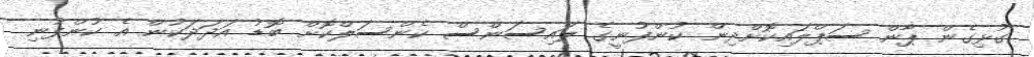
ގުޅިގެން ޕާން ސަޕްލައިކޮށްދިން ކުންފުނީގެ ލައިސަންސް ކެންސަލްކޮށް ބޮޑު އަދަދަކުން އެ ކުންފުނި